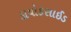
ડાયોકસાઈડ